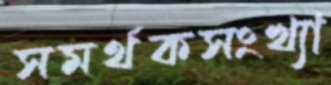
সমর্থকসংখ্যা